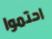
احتموا